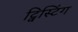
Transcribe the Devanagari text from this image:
ट्विस्टिंग